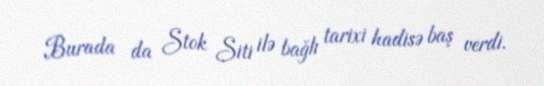
Burada da Stok Siti ilə bağlı tarixi hadisə baş verdi.